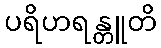
ပရိဟရန္တူတိ